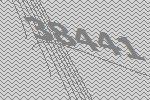
38441